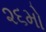
૨૬મો